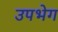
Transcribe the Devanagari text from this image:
उपभेग